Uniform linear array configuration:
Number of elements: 16
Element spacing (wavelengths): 1
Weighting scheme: hamming
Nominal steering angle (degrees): -30
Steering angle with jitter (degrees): -28.756
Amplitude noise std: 0.05
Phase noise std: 0.05

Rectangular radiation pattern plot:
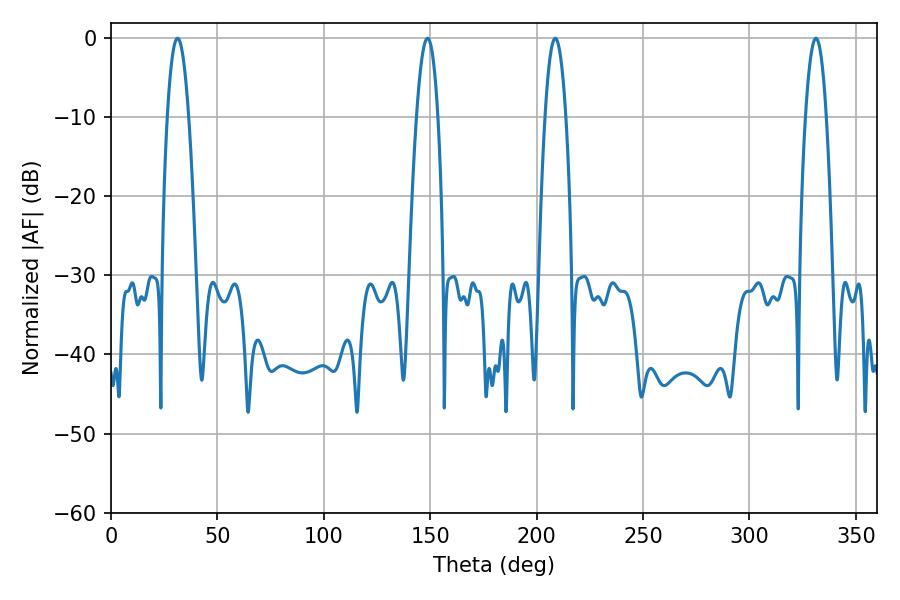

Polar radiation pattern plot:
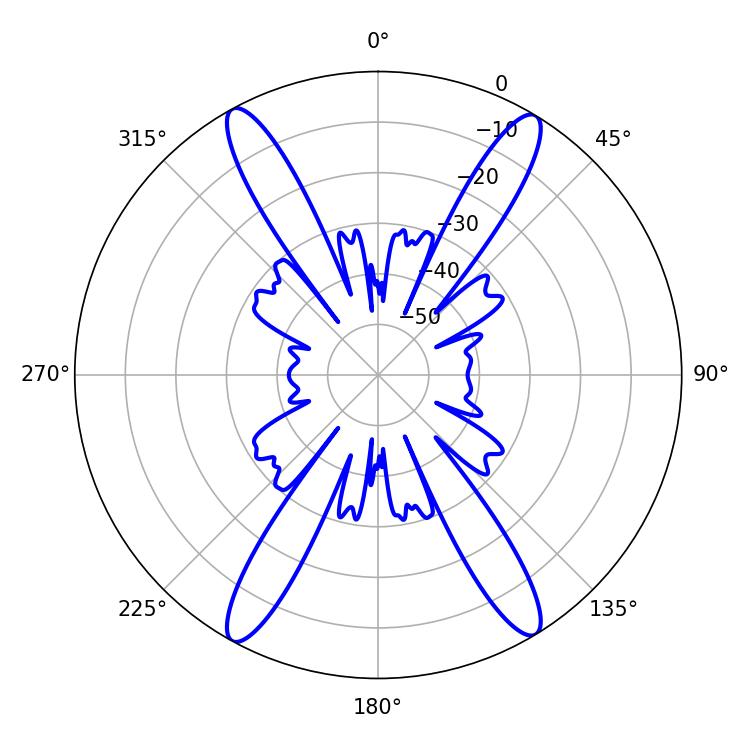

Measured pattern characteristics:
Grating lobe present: TRUE
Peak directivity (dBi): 22.715
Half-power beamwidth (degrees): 5.4
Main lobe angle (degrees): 208.8